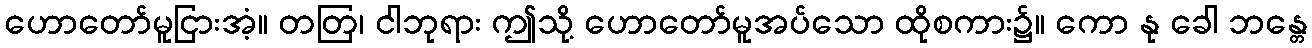
ဟောတော်မူငြားအံ့။ တတြ၊ ငါဘုရား ဤသို့ ဟောတော်မူအပ်သော ထိုစကား၌။ ကော နု ခေါ ဘန္တေ